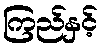
ကြည်နှင့်